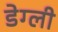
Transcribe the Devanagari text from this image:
डेग्ली